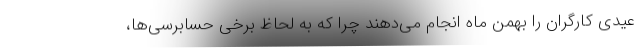
عیدی کارگران را بهمن ماه انجام می‌دهند چرا که به لحاظ برخی حسابرسی‌ها،